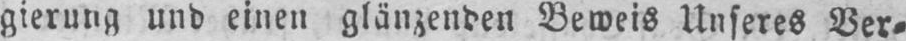
gierung und einen glänzenden Beweis Unseres Ver⸗